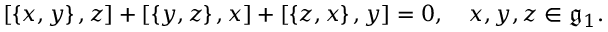
[ \left\{ x , y \right\} , z ] + [ \left\{ y , z \right\} , x ] + [ \left\{ z , x \right\} , y ] = 0 , \quad x , y , z \in { \mathfrak { g } } _ { 1 } .